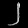
Digit: ၂